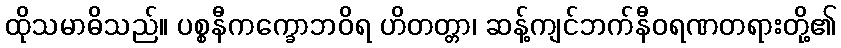
ထိုသမာဓိသည်။ ပစ္စနီကက္ခောဘဝိရ ဟိတတ္တာ၊ ဆန့်ကျင်ဘက်နီဝရဏတရားတို့၏